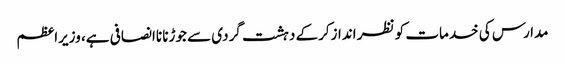
مدارس کی خدمات کو نظر اندازکرکے دہشت گردی سے جوڑنا ناانصافی ہے، وزیراعظم